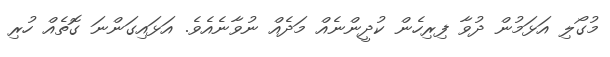
މުގޯލި އަޅަމުން ދުވާ ފިރިހެން ކުދީންނެއް މަދެއް ނުވާނެއެވެ. އަޅައިގަންނަ ގޮތެއް ހުރި